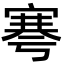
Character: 𡩱